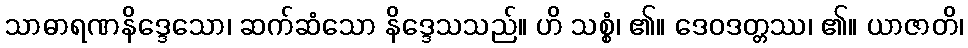
သာဓာရဏနိဒ္ဒေသော၊ ဆက်ဆံသော နိဒ္ဒေသသည်။ ဟိ သစ္စံ၊ ၏။ ဒေဝဒတ္တဿ၊ ၏။ ယာဇာတိ၊